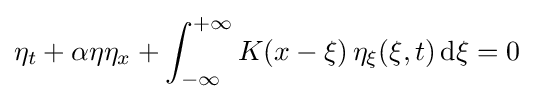
\displaystyle \eta _{t}+\alpha \eta \eta _{x}+\int _{-\infty }^{+\infty }K(x-\xi )\,\eta _{\xi }(\xi ,t)\,{\text{d}}\xi =0